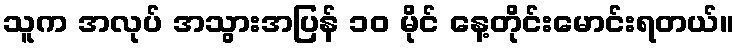
သူက အလုပ် အသွားအပြန် ၁၀ မိုင် နေ့တိုင်းမောင်းရတယ်။